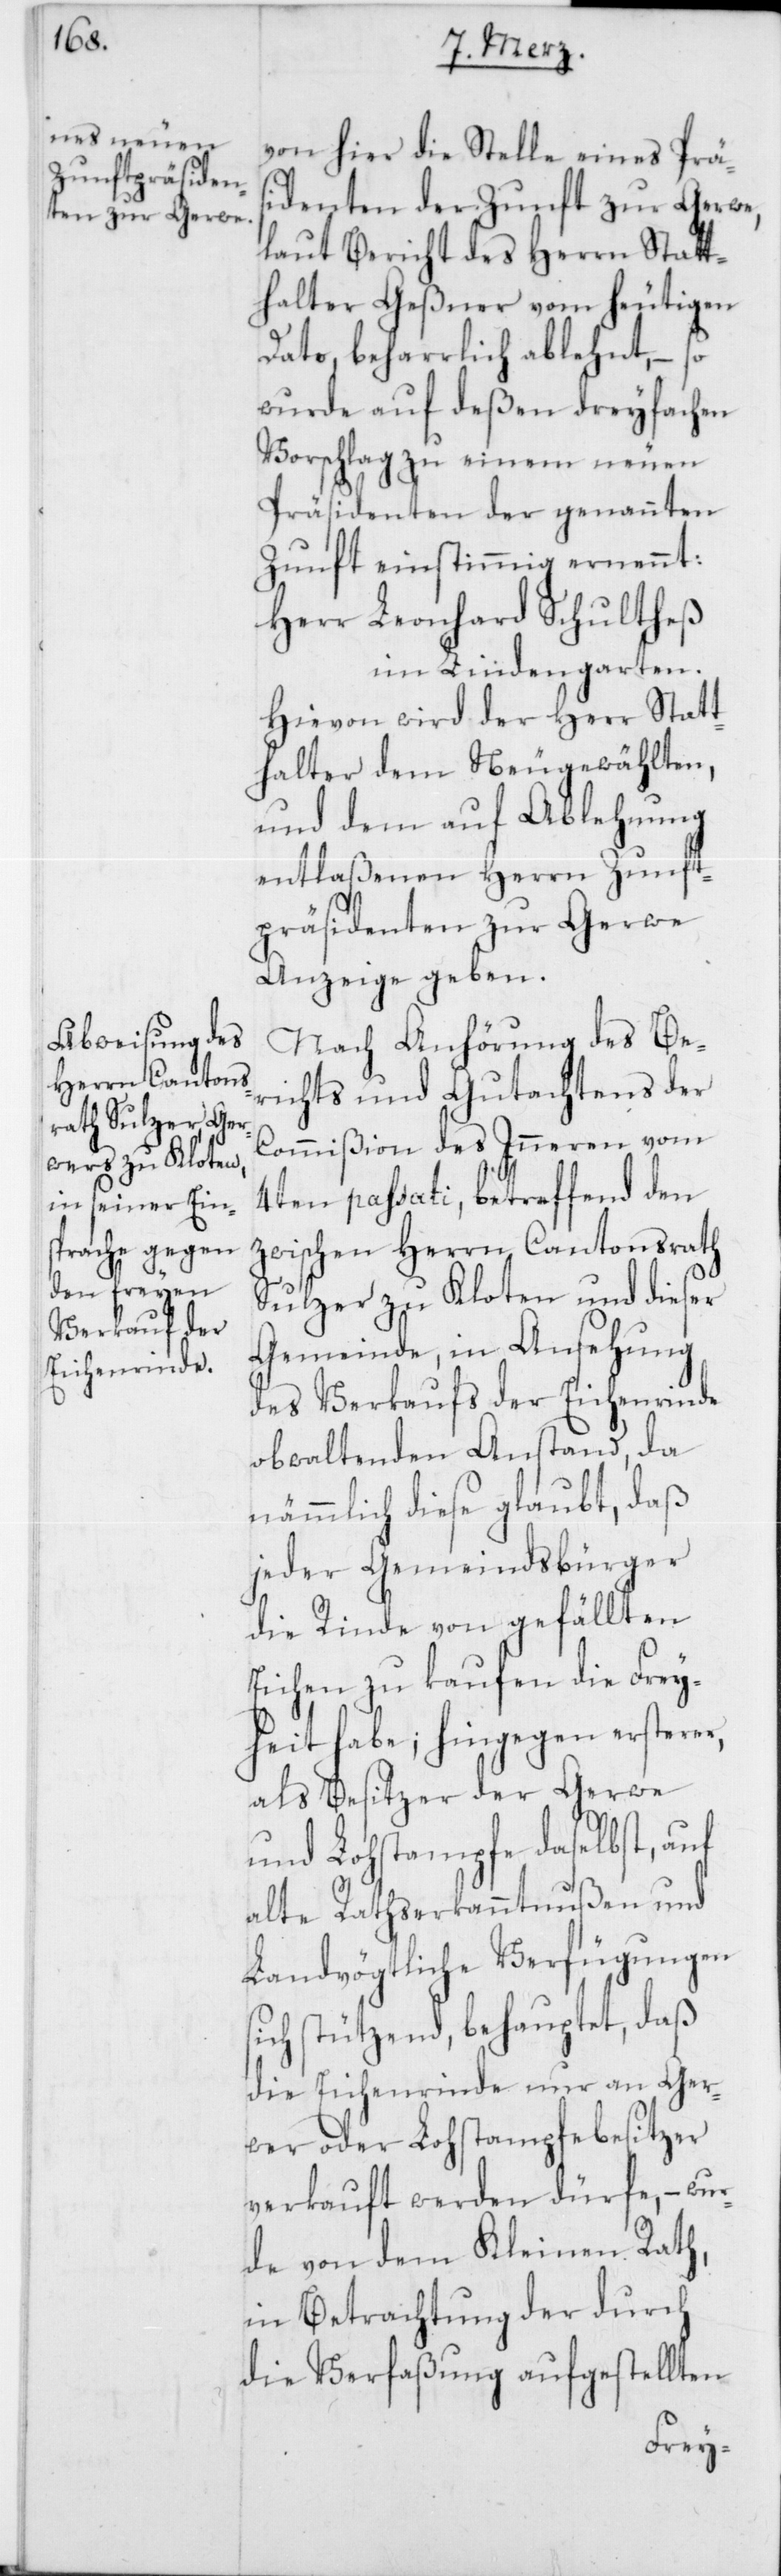
von hier die Stelle eines Präsi¬
denten der Zunft zur Gerwe,
laut Bericht des Herrn Statt¬
halter Geßner vom heutigen
Dato, beharrlich ablehnt, – so
wurde auf deßen dreyfachen
Vorschlag zu einem neuen
Präsidenten der genannten
Zunft einstimmig ernennt:
Herr Leonhard Schultheß
im Lindengarten.
Hievon wird der Herr Stat¬
thalter den Neugewählten,
und dem auf Ablehnung
entlaßenen Herrn Zunft¬
präsidenten zur Gerwe
Anzeige geben.
Nach Anhörung des Ber¬
ichts und Gutachtens der
Commißion des Inneren vom
4ten passati, betreffend den
zwischen Herrn Cantonsrath
Sulzer zu Kloten und dieser
Gemeinde, in Ansehung
des Verkaufs der Eichenrinde
obwaltenden Anstand, da
nämmlich diese glaubt, daß
jeder Gemeindsbürger
die Rinde von gefällten
Eichen zu kaufen die Frey¬
heit habe; hingegen ersterer,
als Besitzer der Gerwe
und Lohstampfe daselbst, auf
alte Rathserkanntnußen und
Landvögtliche Verfügungen
sich stützend behauptet, daß
die Eichenrinde nur an Ger¬
wer oder Lohstampfebesitzer
verkauft werden dürfe, – wu¬
rde von dem Kleinen Rath,
in Betrachtung der durch
die Verfaßung aufgestellten